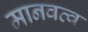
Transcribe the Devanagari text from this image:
मानवत्व